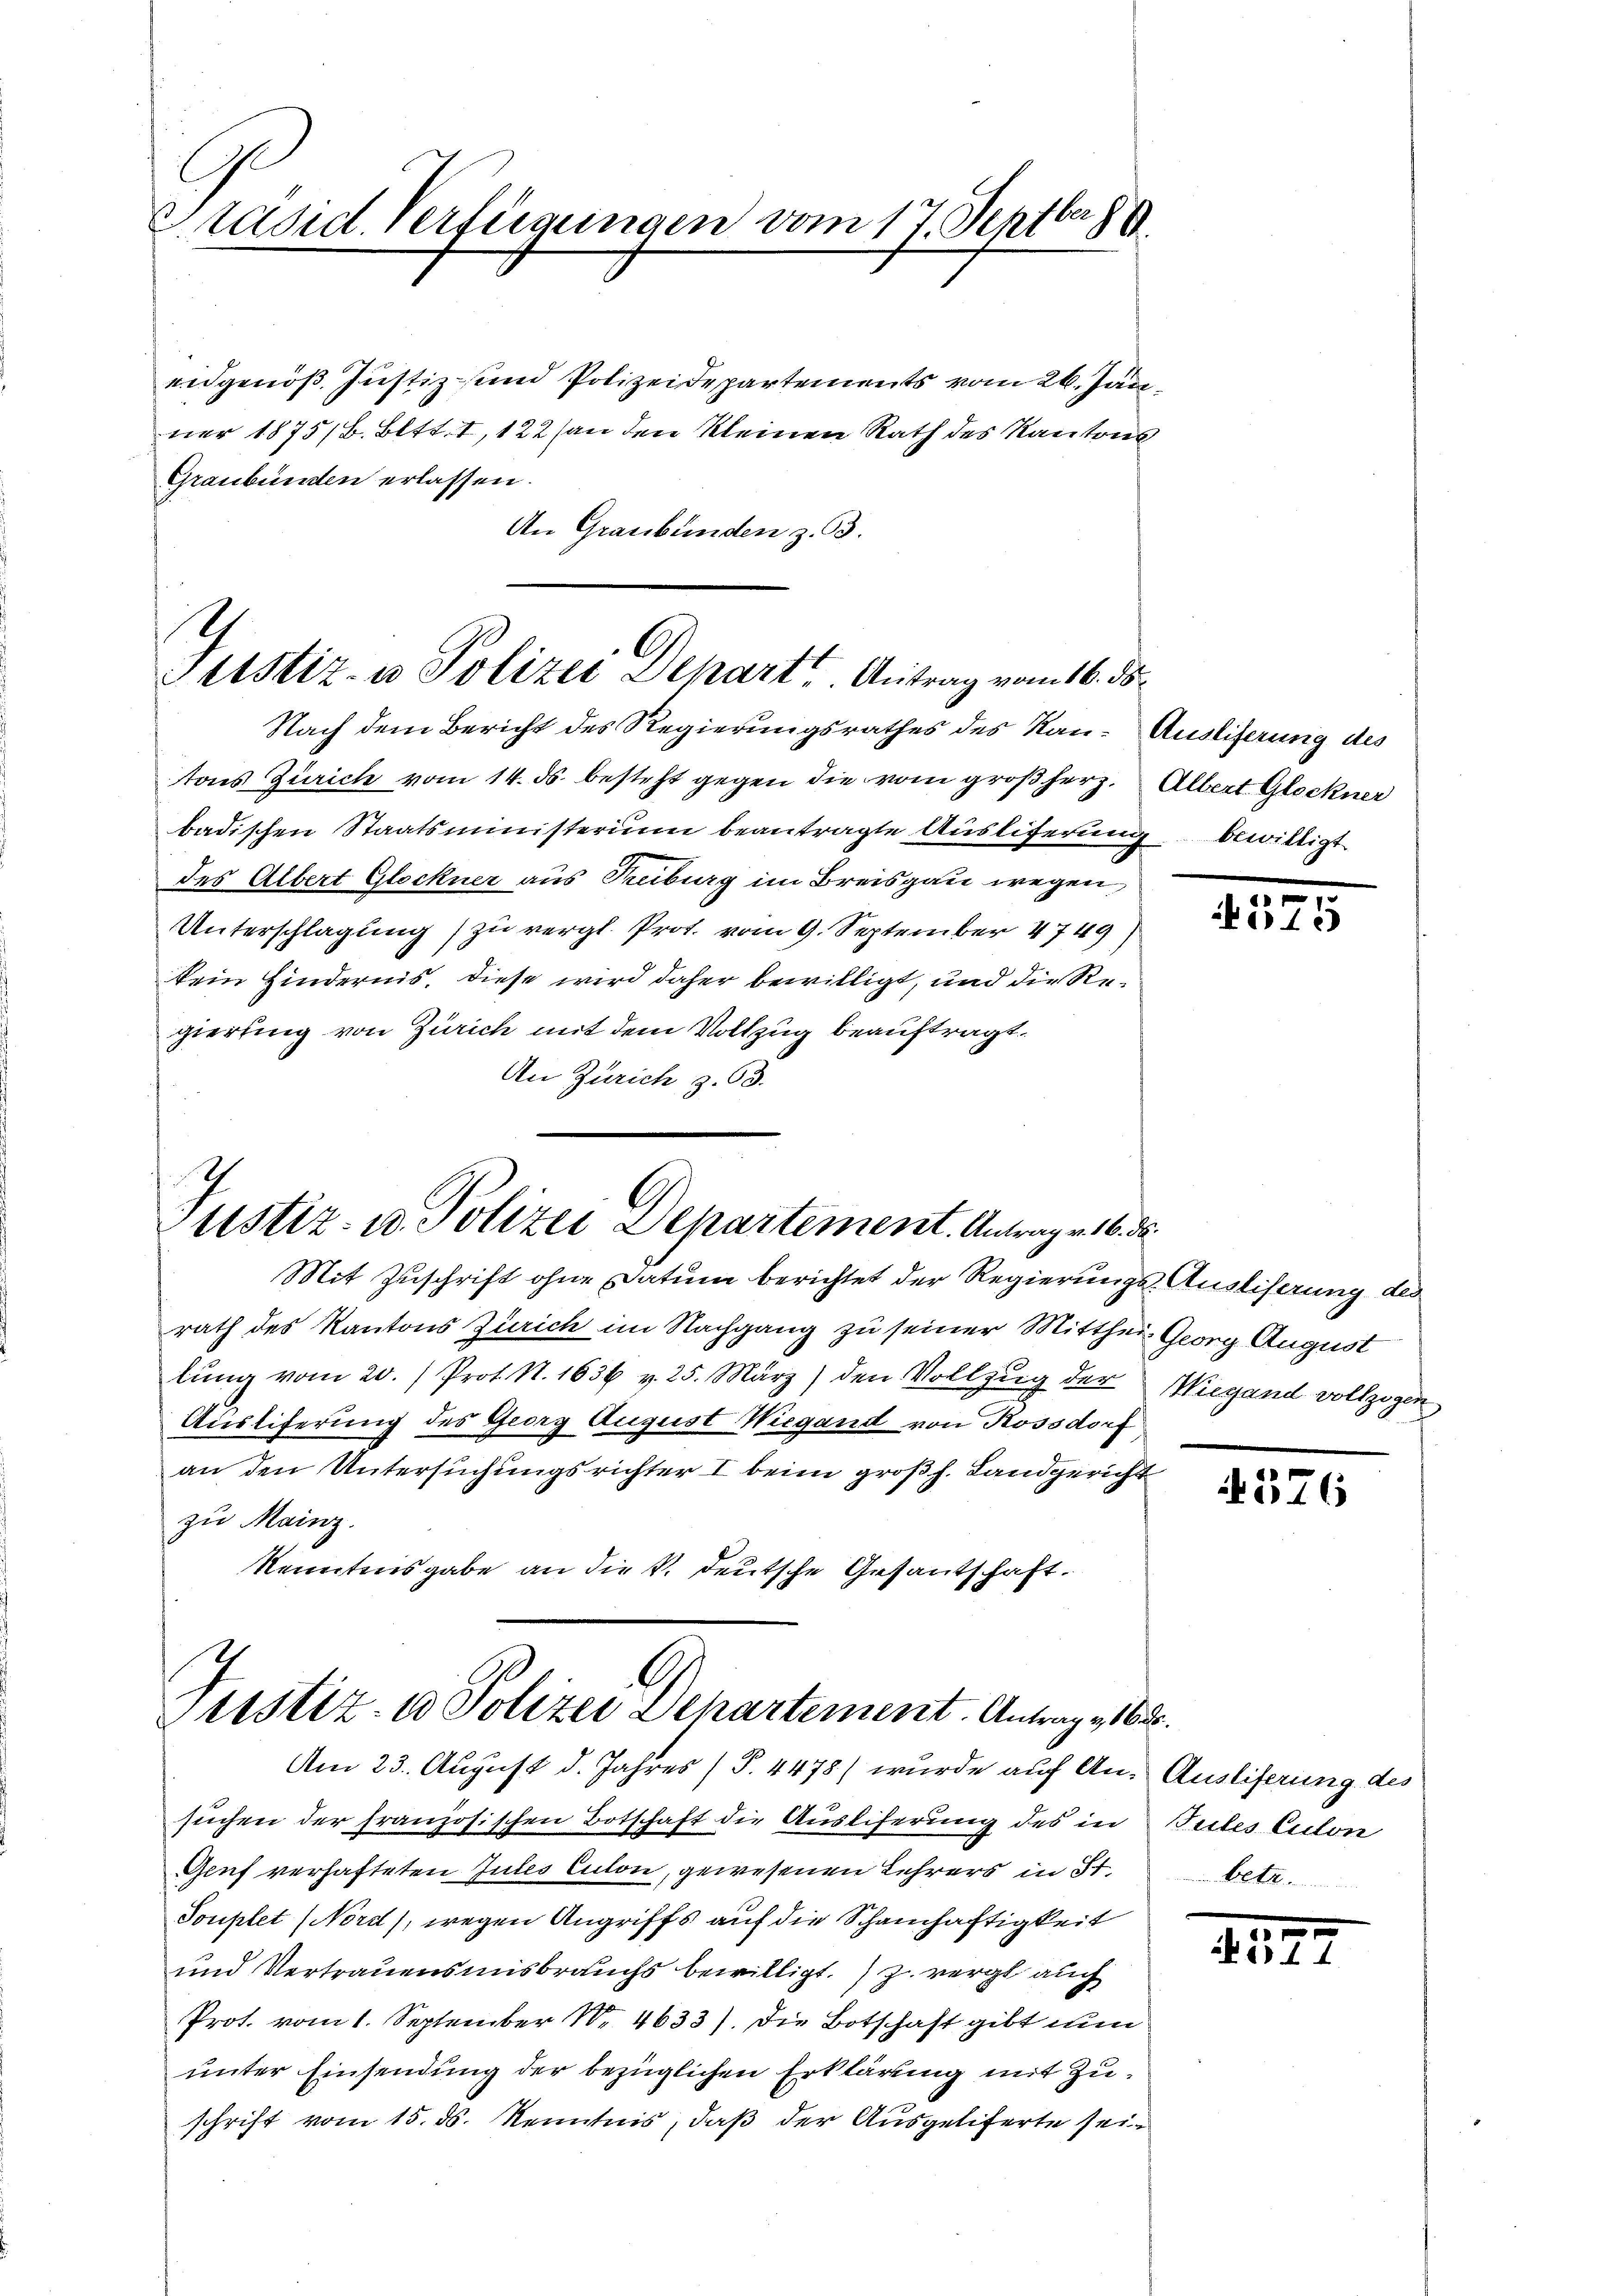
Präsid. Verfügungen vom 17. Septbr.

eidgenöß. Justiz- und Polizeidepartements vom 26. Jänner 1875/B. Bett. I, 122 (an den kleinen Rath des Kantons
Graubünden erlassen.
An Graubünden z. 53.

4
Justiz- u Polizei Depart. Antrag vom 16. ds.

Justiz- u. Polizei Departement. Antrag v. 16. d.

Nach dem Bericht des Regierungsrathes des Rau- Ausliferung des
tons Zürich vom 14. ds. besteht gegen die vom großherz. Albert Glockner
badischen Staatsministerium beantragte Ausliferung bewilligt.
des Albert Glockner aus Treiburg im Breisgau wegen
Unterschlagung zu vergl. Prot. vom 9. September 4749)
kein Hindernis, diese wird daher bewilligt, und die Regierung von Zürich mit dem Vollzug beauftragt.
An Zürich z. 63.

Justiz- u Polizei Departement. Antrag v. 165
Am 23. August d. Jahres (T. 4478) wurde auf An- Ausliferung des

Mit Zuschrift ohne Datum berichtet der Regierungs-Ausliserung des
rath des Kantons Zürich im Nachgang zu seiner Mitthei Georg August
lŭng vom 20. / Prot. N. 1636 v. 25. März) den Vollzug der Wiegand vollzogen
Auslieferung des Georg August Wiegand von Rossdorf
an den Untersuchungsrichter I beim großh. Landgericht
zu Mainz.
kenntnisgabe an die k. deutsche Gesantschaft.
G

suchen der französischen Botschaft die Ausliferung des in
Genf verhafteten Jules Culon, gewesenen Lehrers in ist
Souplet (Nord), wegen Angriffs auf die Schamhaftigkeit
und Vertrauensmisbrauchs bewilligt.) zu vergl. auch
Prot. vom 1. September N. 4633). Die Botschaft gibt nun
unter Einsendung der bezüglichen Erklärung mit Zuschrift vom 15. ds. Kenntnis, daß der Ausgeliferte sei¬

575

4576

Tutes Culon
Bet

1
 311